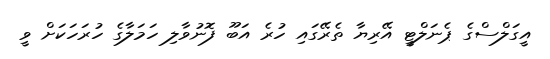
އީގަލްސްގެ ޕެނަލްޓީ އޭރިޔާ ތެރޭގައި ހުރެ އަބޫ ފޮނުވާލި ހަމަލާގެ ހުރަހަކަށް ވީ